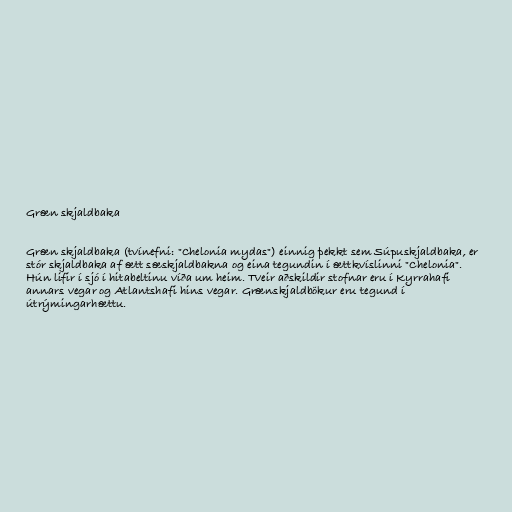
Græn skjaldbaka

Græn skjaldbaka (tvínefni: "Chelonia mydas") einnig þekkt sem Súpuskjaldbaka, er
stór skjaldbaka af ætt sæskjaldbakna og eina tegundin í ættkvíslinni "Chelonia".
Hún lifir í sjó í hitabeltinu víða um heim. Tveir aðskildir stofnar eru í Kyrrahafi
annars vegar og Atlantshafi hins vegar. Grænskjaldbökur eru tegund í
útrýmingarhættu.